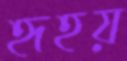
হৃহয়